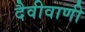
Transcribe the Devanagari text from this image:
दैवीवाणी